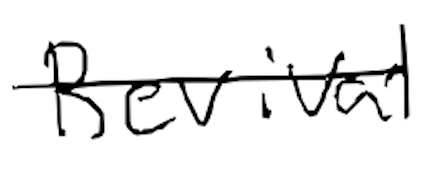
Text: Revival
Cross-out: single-line
Writing tool: digital_black